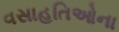
વસાહતિઓના